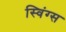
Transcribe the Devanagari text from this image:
स्विंग्स